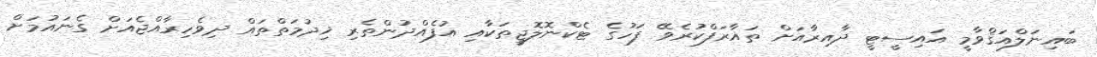
ބައިނަލްއަޤްވާމީ އައިސީޓީ ދާއިރާއަށް ތައާރަފްކުރެވޭ ފަހުގެ ޓެކްނޮލޮޖީތަކާއި އުފެއްދުންތެރި ޚިދުމަތްތައް ދިވެހިރާއްޖެއަށް ގެނައުމަށް